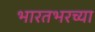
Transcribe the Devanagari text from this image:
भारतभरच्या